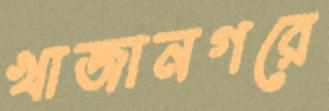
খাজানগরে